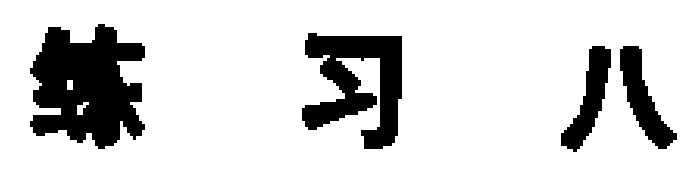
练习八